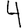
Digit: 4